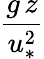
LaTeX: \frac{g\, z}{u_{*}^{2}}